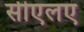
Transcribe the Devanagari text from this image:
सीएलए